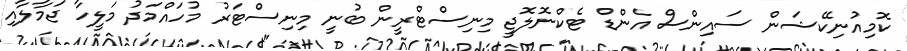
ކޮމިއުނިކޭޝަން ސައިންސް އެންޑް ޓެކްނޮލޮޖީ މިނިސްޓްރީން ބުނީ މިނިސްޓަރު މުހައްމަދު މަލީހާ ޖަމާލާއި